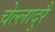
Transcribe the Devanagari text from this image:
चेल्लादुरै